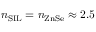
n _ { \mathrm { S I L } } = n _ { \mathrm { Z n S e } } \approx 2 . 5